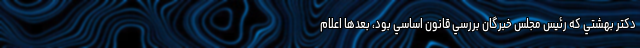
دکتر بهشتي که رئيس مجلس خبرگان بررسي قانون اساسي بود، بعدها اعلام